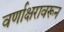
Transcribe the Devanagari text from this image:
वर्णाक्षरावरून